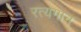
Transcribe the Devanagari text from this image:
रत्यगान